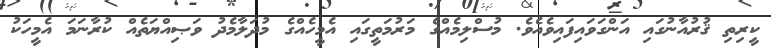
ކީރިތި ޤުރުއާނުގައި އަންގަވައިފައިވެއެވެ. މުސްލިމެއްގެ މަރުމަތީގައި އެމީހެއްގެ މުދަލާމެދު ވަޞިއްޔަތެއް ކުރާނަމަ އެމީހަކު